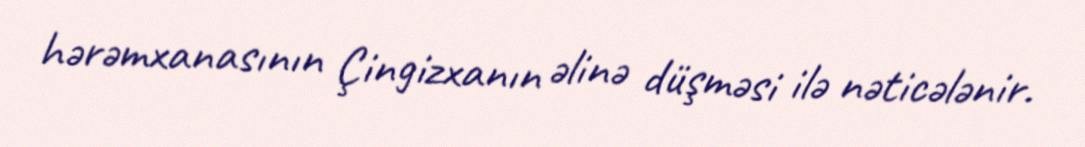
hərəmxanasının Çingizxanın əlinə düşməsi ilə nəticələnir.